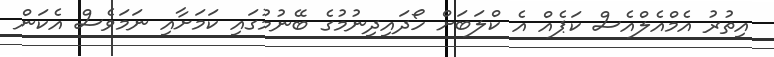
އިތުރު އެމްއެލްއެސް ކަޕެއް އެ ކްލަބަށް ހޯދައިދިނުމުގެ ބޭނުމުގައި ކަމަށާއި ނަމަވެސް އެކަން